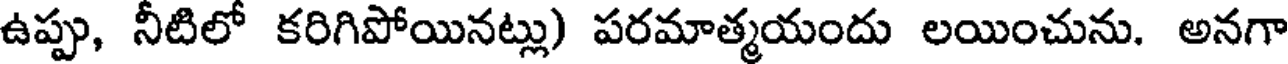
ఉప్పు, నీటిలో కరిగిపోయినట్లు) పరమాత్మయందు లయించును. అనగా